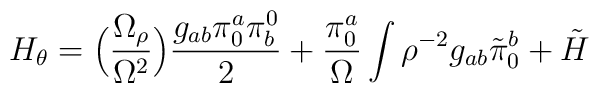
H_\theta=\Bigl({\Omega_\rho\over \Omega^2}\Bigr){g_{ab}\pi^a_0\pi_b^0\over 2} +{\pi^a_0\over\Omega}\int\rho^{-2}g_{ab}\tilde\pi^b_0+\tilde H